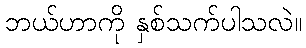
ဘယ်ဟာကို နှစ်သက်ပါသလဲ။